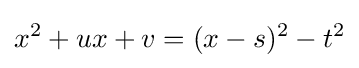
x^{2}+ux+v=(x-s)^{2}-t^{2}